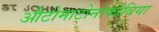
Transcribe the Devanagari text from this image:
औटोमाटोनोफोबिया